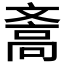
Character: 𪯪